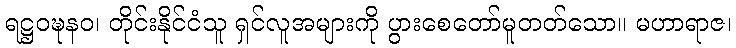
ရဋ္ဌဝဍ္ဎနဝ၊ တိုင်းနိုင်ငံသူ ရှင်လူအများကို ပွားစေတော်မူတတ်သော။ မဟာရာဇ၊